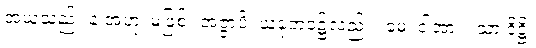
အယူသည်။ န အဟု၊ မဖြစ်။ အဇ္ဇာပိ၊ ယခုဘဝ၌လည်း။ မေ၊ ငါ့အား။ သာ ဒိဋ္ဌိ၊